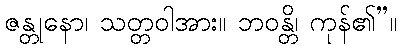
ဇန္တုနော၊ သတ္တဝါအား။ ဘဝန္တိ၊ ကုန်၏”။